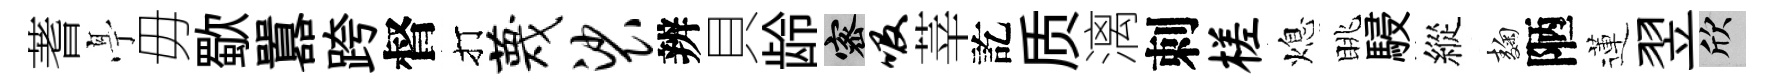
蓍𠅘毋歜囂跨督打蔑裟辨貝龄密吸莘訖质漓刺槎熄眺駸縱麹陋蓮翌欣